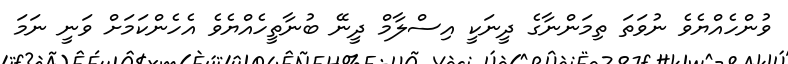
ވުންހެއްޔެވެ ނުވަތަ ތިމަންނާގެ ދީނަކީ އިސްލާމް ދީނޭ ބުނާތީހެއްޔެވެ އެހެންކަމަށް ވަނީ ނަމަ